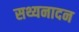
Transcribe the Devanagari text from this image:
सथ्यनादन